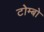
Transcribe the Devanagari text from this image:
टोम्बो